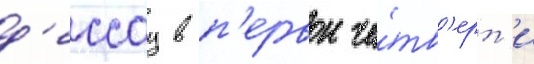
д'ессау в п'ервои че́тв'ерт'и